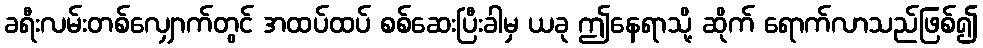
ခရီးလမ်းတစ်လျှောက်တွင် အထပ်ထပ် စစ်ဆေးပြီးခါမှ ယခု ဤနေရာသို့ ဆိုက် ရောက်လာသည်ဖြစ်၍